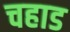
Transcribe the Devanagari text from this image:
चहाड